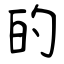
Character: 的